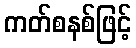
ကတ်စနစ်ဖြင့်